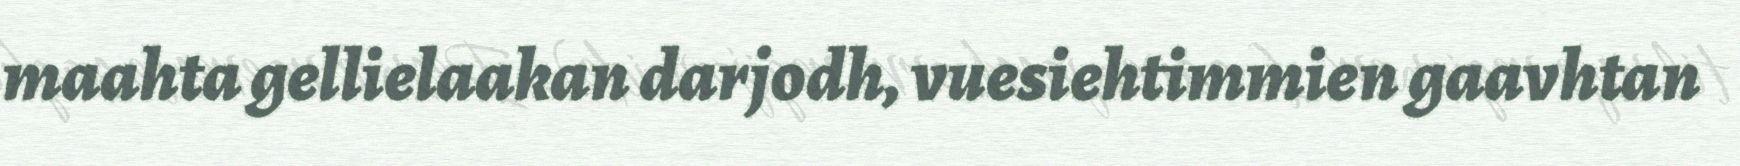
maahta gellielaakan darjodh, vuesiehtimmien gaavhtan